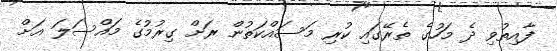
ފާއިތުވި ދެ މަހުގެ ތެރޭގައި ކުރި މަސައްކަތުން ރަށް ގިރުމުގެ މައްސަލަ އަށް